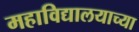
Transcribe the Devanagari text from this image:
महाविद्यालयाच्या